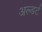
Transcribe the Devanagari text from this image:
अल्डर्ट